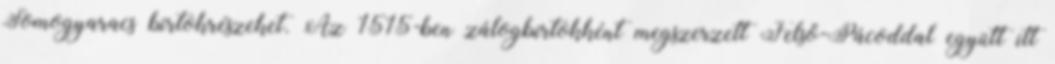
Somogyaracs birtokrészeket. Az 1515-ben zálogbirtokként megszerzett Felső-Pácoddal együtt itt